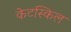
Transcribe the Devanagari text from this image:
केटस्किल